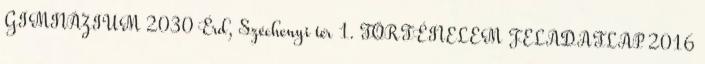
GIMNÁZIUM 2030 Érd, Széchenyi tér 1. TÖRTÉNELEM FELADATLAP 2016